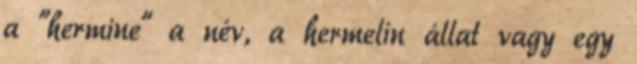
a "hermine" a név, a hermelin állat vagy egy